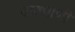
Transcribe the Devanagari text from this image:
वाक्पाणी